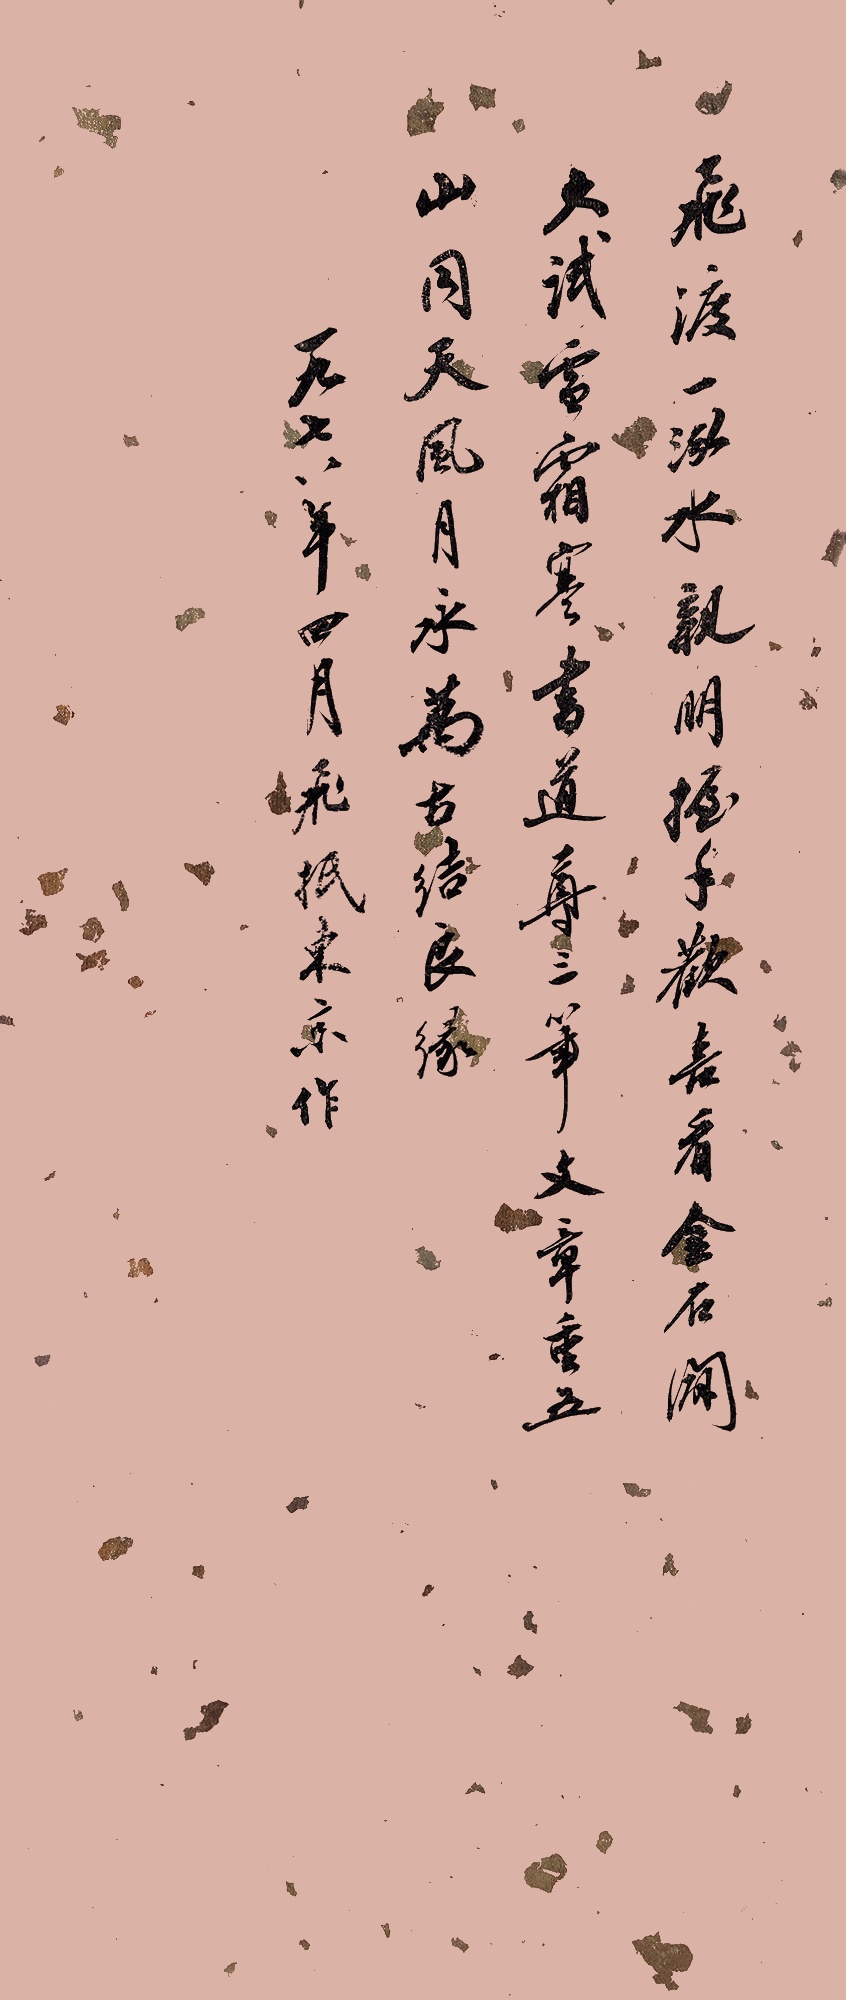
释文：飞渡一泓水，亲朋握手欢。喜看金石辟，大试雷霜寒。书道尊三笔，文章重五山。同天风月永，万古结良缘。一九七八年四月飞抵东京作。